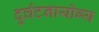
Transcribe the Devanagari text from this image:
दुर्घटनायोग्य